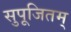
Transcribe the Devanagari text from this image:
सुपूजितम्